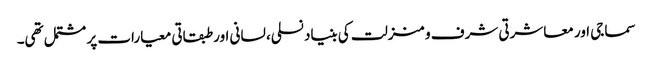
سماجی اور معاشرتی شرف و منزلت کی بنیاد نسلی، لسانی اور طبقاتی معیارات پر مشتمل تھی۔